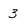
Character: 3